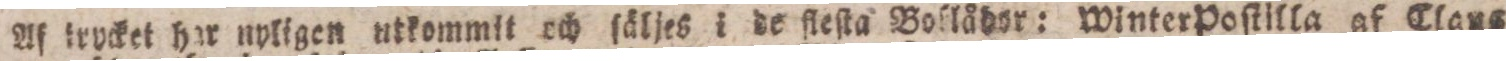
Af trycket har nyligen utkommit och ſäljes i de fleſta Boſlådor: Winter Poſtilla af Claus